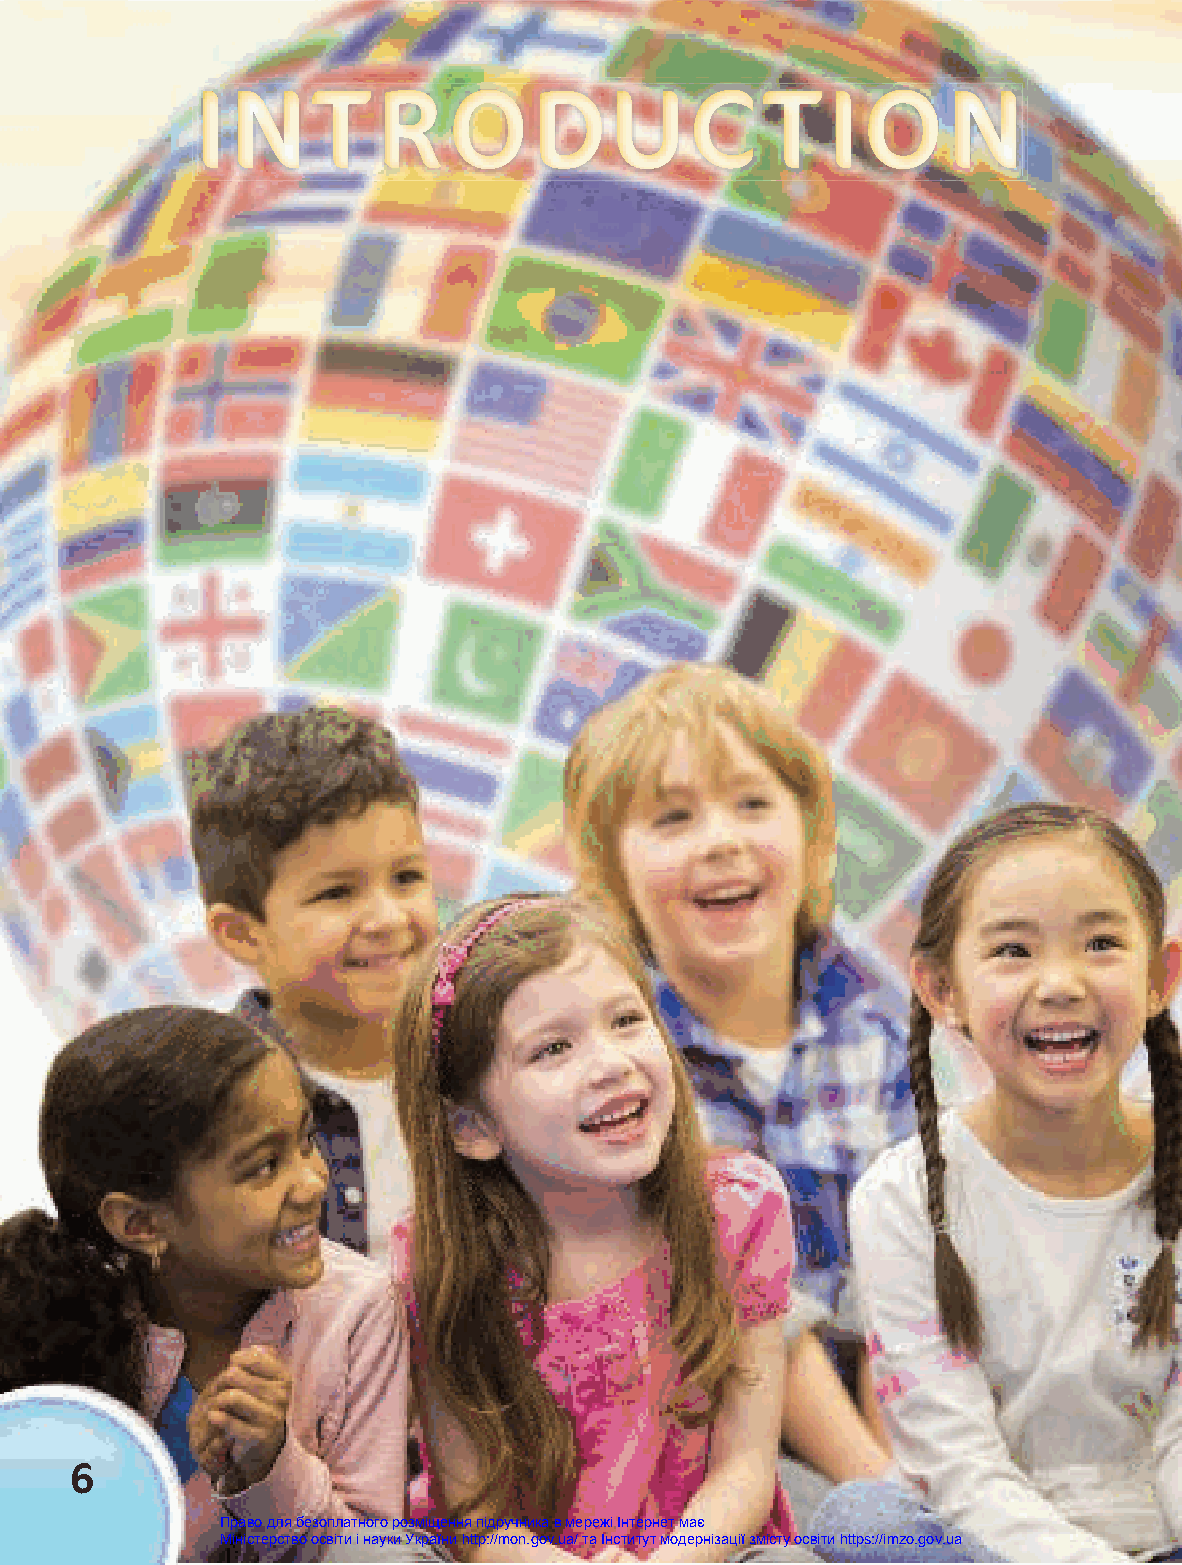
IIINNNTTTRRROOODDDUUUCCC             TTTIIIOOONNN
 6
 Право для безоплатного розміщення підручника в мережі Інтернет має
 Міністерство освіти і науки України http://mon.gov.ua/ та Інститут модернізації змісту освіти https://imzo.gov.ua